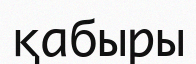
қабыры